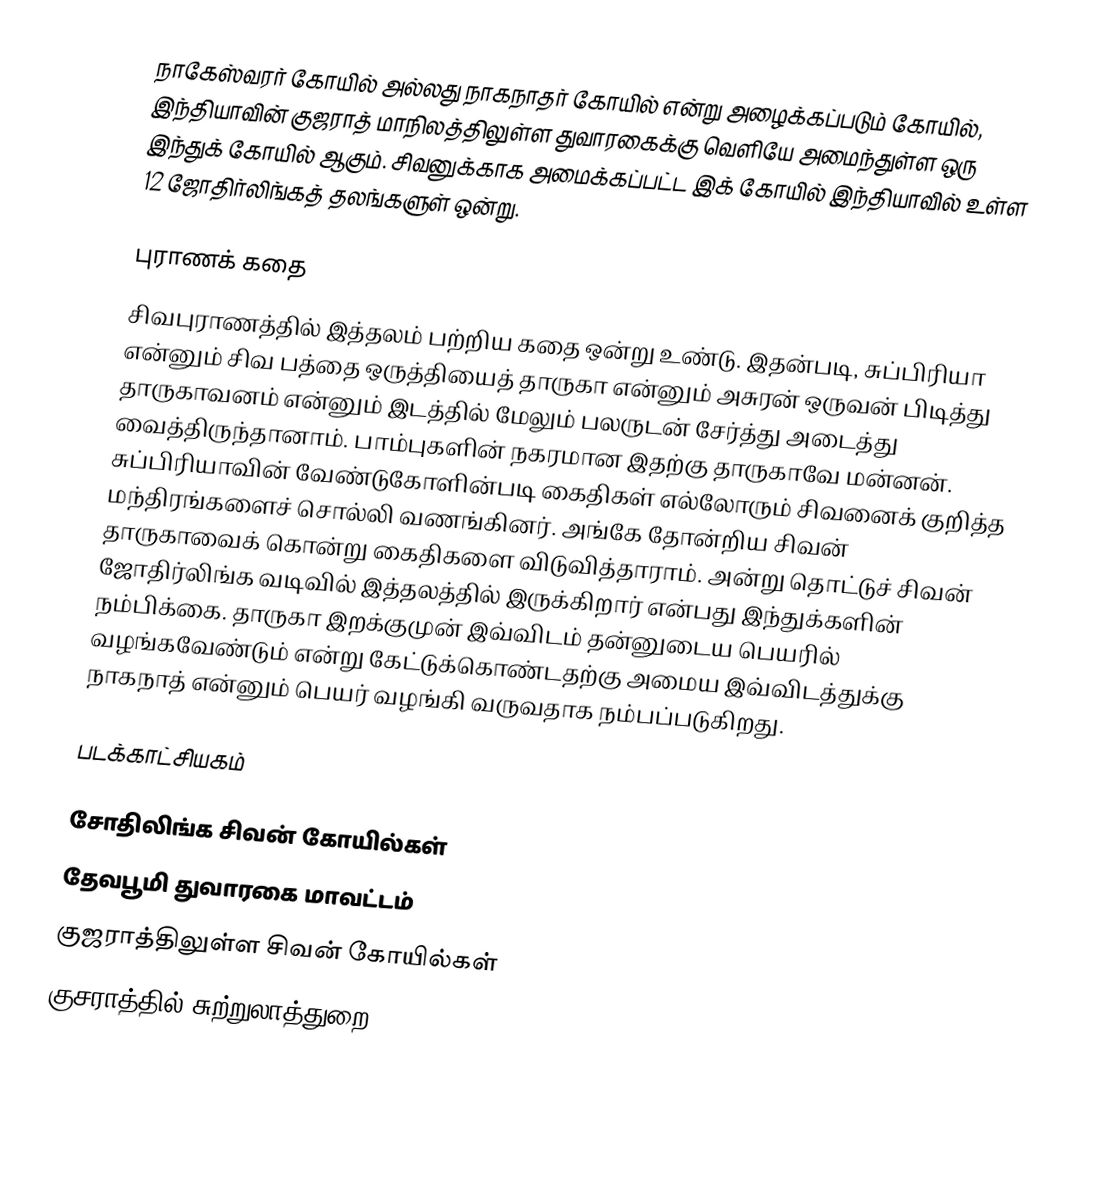
நாகேஸ்வரர் கோயில் அல்லது நாகநாதர் கோயில் என்று அழைக்கப்படும் கோயில், இந்தியாவின் குஜராத் மாநிலத்திலுள்ள துவாரகைக்கு வெளியே அமைந்துள்ள ஒரு இந்துக் கோயில் ஆகும். சிவனுக்காக அமைக்கப்பட்ட இக் கோயில் இந்தியாவில் உள்ள 12 ஜோதிர்லிங்கத் தலங்களுள் ஒன்று.

புராணக் கதை
சிவபுராணத்தில் இத்தலம் பற்றிய கதை ஒன்று உண்டு. இதன்படி, சுப்பிரியா என்னும் சிவ பத்தை ஒருத்தியைத் தாருகா என்னும் அசுரன் ஒருவன் பிடித்து தாருகாவனம் என்னும் இடத்தில் மேலும் பலருடன் சேர்த்து அடைத்து வைத்திருந்தானாம். பாம்புகளின் நகரமான இதற்கு தாருகாவே மன்னன். சுப்பிரியாவின் வேண்டுகோளின்படி கைதிகள் எல்லோரும் சிவனைக் குறித்த மந்திரங்களைச் சொல்லி வணங்கினர். அங்கே தோன்றிய சிவன் தாருகாவைக் கொன்று கைதிகளை விடுவித்தாராம். அன்று தொட்டுச் சிவன் ஜோதிர்லிங்க வடிவில் இத்தலத்தில் இருக்கிறார் என்பது இந்துக்களின் நம்பிக்கை. தாருகா இறக்குமுன் இவ்விடம் தன்னுடைய பெயரில் வழங்கவேண்டும் என்று கேட்டுக்கொண்டதற்கு அமைய இவ்விடத்துக்கு நாகநாத் என்னும் பெயர் வழங்கி வருவதாக நம்பப்படுகிறது.

படக்காட்சியகம்

சோதிலிங்க சிவன் கோயில்கள்
தேவபூமி துவாரகை மாவட்டம்
குஜராத்திலுள்ள சிவன் கோயில்கள்
குசராத்தில் சுற்றுலாத்துறை